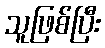
သူဖြစ်ပြီး